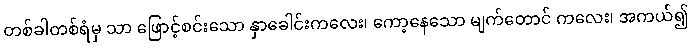
တစ်ခါတစ်ရံမှ သာ ဖြောင့်စင်းသော နှာခေါင်းကလေး၊ ကော့နေသော မျက်တောင် ကလေး၊ အကယ်၍